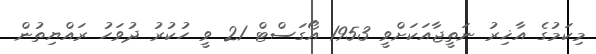
މިކަމުގެ އާޚިރު ނަތީޖާއަކަށްވީ 1953 އޯގަސްޓް 21 ވީ ހުކުރު ދުވަހު ރައްޔިތުން